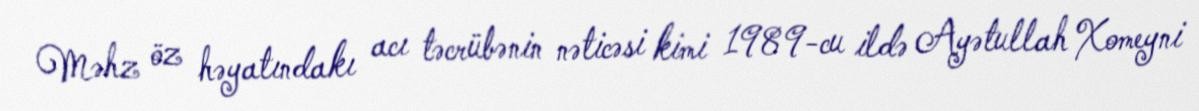
Məhz öz həyatındakı acı təcrübənin nəticəsi kimi 1989-cu ildə Ayətullah Xomeyni